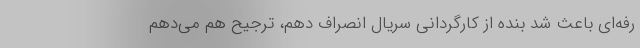
رفه‌ای باعث شد بنده از کارگردانی سریال انصراف دهم، ترجیح هم می‌دهم